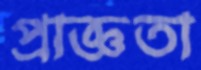
প্রাজ্ঞতা